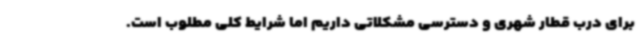
برای درب قطار شهری و دسترسی مشکلاتی داریم اما شرایط کلی مطلوب است.